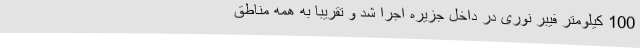
100 کیلومتر فیبر نوری در داخل جزیره اجرا شد و تقریباً به همه مناطق